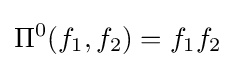
\Pi ^{0}(f_{1},f_{2})=f_{1}f_{2}